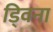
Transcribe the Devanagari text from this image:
ड्विना